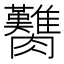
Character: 臡